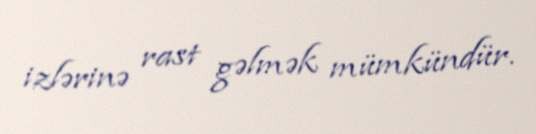
izlərinə rast gəlmək mümkündür.